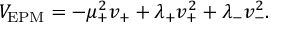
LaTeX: V _ { \mathrm { E P M } } = - \mu _ { + } ^ { 2 } v _ { + } + \lambda _ { + } v _ { + } ^ { 2 } + \lambda _ { - } v _ { - } ^ { 2 } .